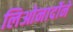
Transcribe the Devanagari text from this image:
लिओनार्दोने